Calcutta medical institutions reports 1879-81 [i.e.91]
Year: 1879
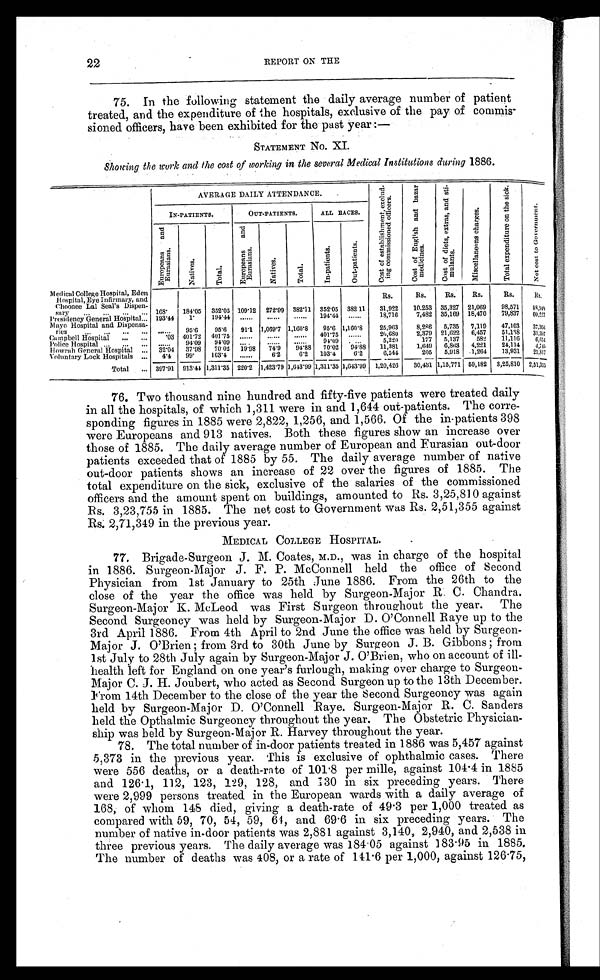
22
REPORT ON THE
75. In the following statement the daily average number of patient
treated, and the expenditure of the hospitals, exclusive of the pay of commis
-sioned officers, have been exhibited for the past year
: —
STATEMENT No. XI.
Showing the work and the cost of working in the several Medical Institutions during 1886.
AVERAGE DAILY ATTENDANCE.
C o s t o f e s t a b i l s h m e n t , e x c l u d -
i n g c o m m i s s i o n e d o f f i c e r s .
C o s t o f E n g l i s h a n d b a z a r
m e d i c i n e s .
C o s t o f d i e t s , e x t r a s , a n d s t i -
m u l a n t s .
M i s c e l l a n e o n s c h a r g e s .
T o t a l e x p e n d i t u r e o n t h e s i c k .
N o t c o s t t o G o v e r n m e n t .
IN-PATIENTS.
OUT-PATIENTS.
ALL RACES
E u r o p e a n s a n d E u r a s i a n s .
N a t i v e s .
T o t a l .
E u r o p e a n s a n d E u r a s i a n s .
N a t i v e s .
T o t a l .
I n - p a t i e n t s .
O u t - p a t i e n t s .
Medi cal College Hospital, Eden
Hospital, Eye Infirmary, and
choonee Lal Seal's Dispen-
sary
. ... ...
Rs.
Rs.
Rs.
Rs.
Rs.
Rs.
168.
184.05 352.05 109.12 272.99 382.11 352.05 382.11
31.922
10.253 35,327 21,069
98,571
8 8 , 9 4 9
Presidency General Hospital... 193.44
1 .
194.44
194'44
18,716
7,482 35,169 18,470
79,837
60,227
Mayo Hospital and Dispensa
-
ries
95.6
95.6
91.1 1,069'7 1,160.8
95.6 1,160.8
25,963
8,286
5,735
7,119
47,103
37,36n
...
...
...
...
Campbell Hospital
...
... .03 401.72
401.75
401.75
20 ,6S0
2,379 21,622
6,457
51,108
31,597
Police Hospital
...
...
94.09
94.09
...
91.09
...
5,220
177
5,137
582
11,116
6,654
Howrah General Hospital ... .32.04
37.98
70.02 19.98
74.9
94.88
70.02
94.88
11,381
1,649
6,863
4,221
24,114
4 , 7 4 5
Voluntary Lock Hospitals ...
4.4
99.
103.4
.....
6.2
6.2
103.4
6.2
6,544
2055,918 1,264 13,931 21,817
Total
... 397.91 913.44 1,311.35 220.2 1,423.79 1,643.99 1,311.35 1,643.99 1,20,426 30,481 1,15,771 59,182 3,25,810 2,51,355
76. Two thousand nine hundred and fifty-five patients were treated daily
in all the hospitals, of which 1,311 were in and 1,644 out-patients. The corre-
sponding figures in 1885 were 2,822, 1,256, and 1,566. Of the in-patients 398
were Europeans and 913 natives. Both these figures show an increase over
those of 1885. The daily average number of European and Eurasian out-door
patients exceeded that of 1885 by 55. The daily average number of native
out-door patients shows an increase of 22 over the figures of 1885. The
total expenditure on the sick, exclusive of the salaries of the commissioned
officers and the amount spent on buildings, amounted to Rs. 3,25,810 against
Rs. 3,23,755 in 1885. The net cost to Government was Rs. 2,51,355 against
Rs. 2,71,349 in the previous year.
MEDICAL COLLEGE HOSPITAL.
77, Brigade-Surgeon J. M. Coates, M.D., was in charge of the hospital
in 1886. Surgeon-Major J. F. P. McConnell held the office of Second
Physician from 1st January to 25th June 1886. From the 26th to the
close of the year the office was held by Surgeon-Major R. C. Chandra.
Surgeon-Major K. McLeod was First Surgeon throughout the year. The
Second Surgeoncy was held by Surgeon-Major D. O'Connell Raye up to the
3rd April 1886. From 4th April to 2nd June the office was held by Surgeon-
Major J. O'Brien ; from 3rd to 30th June by Surgeon J. B. Gibbons ; from
1st July to 28th July again by Surgeon-Major J . O'Brien, who on account of ill
-health left for England on one year's furlough, making over charge to Surgeon-
Major C. J. H. Joubert, who acted as Second Surgeon up to the 13th December.
From 14th December to the close of the year the Second Surgeoncy was again
held by Surgeon-Major D. O'Connell Raye. Surgeon-Major R. C. Sanders
held the Opthalmic Surgeoncy throughout the year. The Obstetric Physician-
ship was held by Surgeon-Major R. Harvey throughout the year.
78. The total number of in-door patients treated in 1886 was 5,457 against
5,373 in the previous year. This is exclusive of ophthalmic cases. There
were 556 deaths, or a death-rate of 101 . 8 per mille, against 104 . 4 in 1885
and 126 . 1, 112, 123, 129, 128, and 130 in six preceding years. There
were 2,999 persons treated in the European wards with a daily average of
168, of whom 148 died, giving a death-rate of 49 . 3 per 1,000 treated as
compared with 59, 70, 54, 59, 61, and 69 . 6 in six preceding years. The
number of native in-door patients was 2,881 against 3,140, 2,940, and 2,538 in
three previous years. The daily average was 184.05 against 183 . 95 in 1885.
The number of deaths was 408, or a rate of 141 . 6 per 1,000, against 126.75,